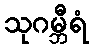
သုဂမ္ဘီရံ